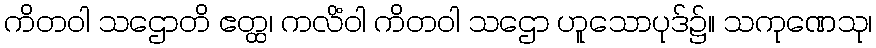
ကိတဝါ သဌောတိ ဧတ္ထ၊ ကလိံဝါ ကိတဝါ သဌော ဟူသောပုဒ်၌။ သကုဏေသု၊